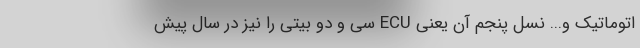
اتوماتیک و... نسل پنجم آن یعنی ECU سی و دو بیتی را نیز در سال پیش